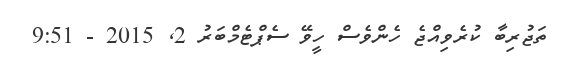
ތަޖުރިބާ ކުރެވިއްޖެ ހެންވެސް ހީވޭ ސެޕްޓެމްބަރު 2